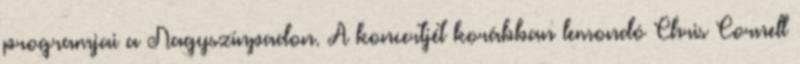
programjai a Nagyszínpadon. A koncertjét korábban lemondó Chris Cornell